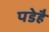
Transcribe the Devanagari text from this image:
पडेहै